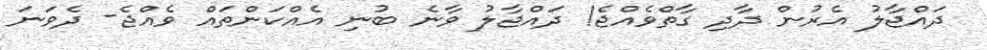
ދައްޖާލު އެރުން ދާދި ގާތްވެއްޖެ! ދައްޖާލު ވާނެ ބުނި އެއްކަންތައް ވެއްޖެ- ދެވަނަ